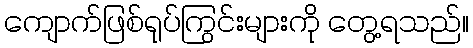
ကျောက်ဖြစ်ရုပ်ကြွင်းများကို တွေ့ရသည်။